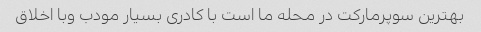
بهترین سوپرمارکت در محله ما است با کادری بسیار مودب وبا اخلاق